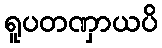
ရူပတဏှာယပိ